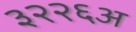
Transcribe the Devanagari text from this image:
३२२६अ